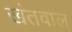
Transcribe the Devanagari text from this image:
खंतवाल